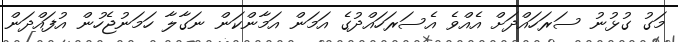
މަގު ގުޅުނު ސަރަހައްދަށް އެއްވެ އެސަރަހައްދުގެ އަމަން އަމާންކަން ނަގާލާ ހަމަނުޖެހުން އުފައްދަން